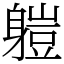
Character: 䠽